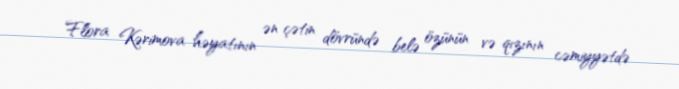
Flora Kərimova həyatının ən çətin dövründə belə özünün və qızının cəmiyyətdə